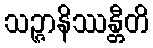
သဉ္ဇာနိဿန္တီတိ